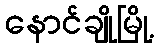
နောင်ချိုမြို့